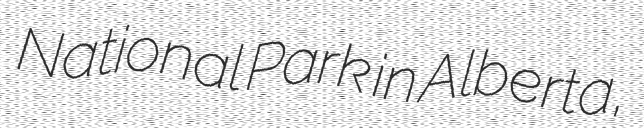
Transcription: National Park in Alberta,